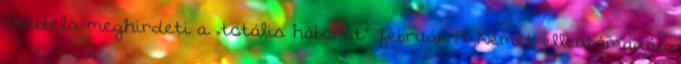
Goebbels meghirdeti a „totális háborút”. február 19. Német ellentámadás